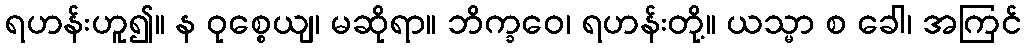
ရဟန်းဟူ၍။ န ဝုစ္စေယျ၊ မဆိုရာ။ ဘိက္ခဝေ၊ ရဟန်းတို့။ ယသ္မာ စ ခေါ၊ အကြင်